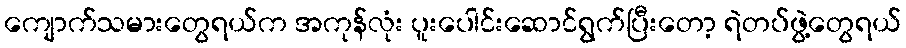
ကျောက်သမားတွေရယ်က အကုန်လုံး ပူးပေါင်းဆောင်ရွက်ပြီးတော့ ရဲတပ်ဖွဲ့တွေရယ်